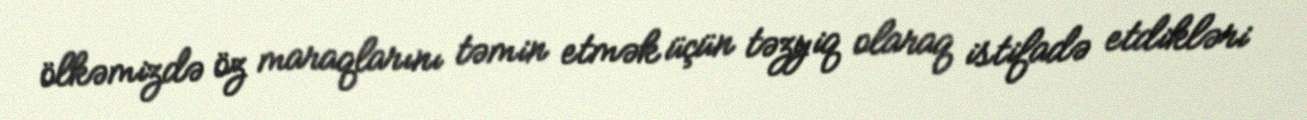
ölkəmizdə öz maraqlarını təmin etmək üçün təzyiq olaraq istifadə etdikləri